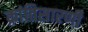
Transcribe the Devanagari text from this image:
क्रांतिसारणी